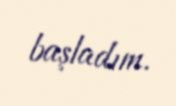
başladım.